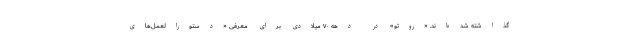
گذاشته شده‌اند. «روتو» در دهه ۷۰ میلادی برای معرفی «دستورالعمل‌های